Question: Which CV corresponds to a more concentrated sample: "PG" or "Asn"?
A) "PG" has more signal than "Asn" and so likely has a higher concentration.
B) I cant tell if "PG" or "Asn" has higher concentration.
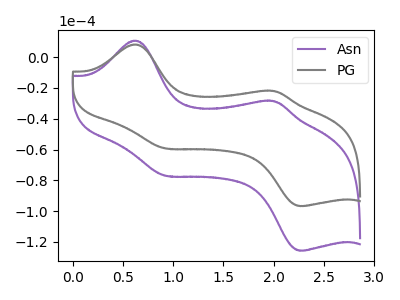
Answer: <think>The purple curve "Asn" has anodic peaks at (0.65V, 10.75uA) (2.00V, -28.60uA) and cathodic peaks at (0.90V, -76.95uA) (2.30V, -125.80uA). The gray curve "PG" has anodic peaks at (0.65V, 8.30uA) (2.00V, -22.00uA) and cathodic peaks at (0.90V, -59.20uA) (2.30V, -96.80uA).
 All the peaks in "PG" have a peak in "Asn" at the same potential.</think>
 <answer>B) I cant tell if "PG" or "Asn" has higher concentration.</answer>
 <eval>B</eval>